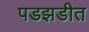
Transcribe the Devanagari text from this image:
पडझडीत